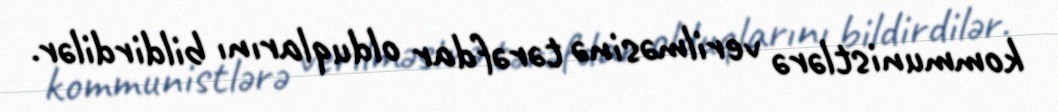
kommunistlərə verilməsinə tərəfdar olduqlarını bildirdilər.